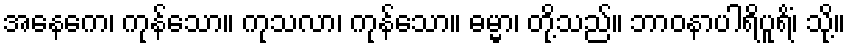
အနေကေ၊ ကုန်သော။ ကုသလာ၊ ကုန်သော။ ဓမ္မာ၊ တို့သည်။ ဘာဝနာပါရိပူရိံ၊ သို့။